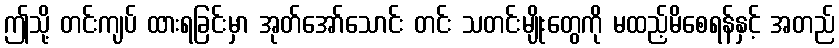
ဤသို့ တင်းကျပ် ထားရခြင်းမှာ အုတ်အော်သောင်း တင်း သတင်းမျိုးတွေကို မထည့်မိစေရန်နှင့် အတည်